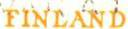
FINLAND